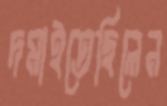
দমাইতেছিলেন